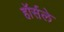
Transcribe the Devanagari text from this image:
हॉर्सले